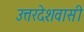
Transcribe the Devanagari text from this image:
उत्तरदेशवासी